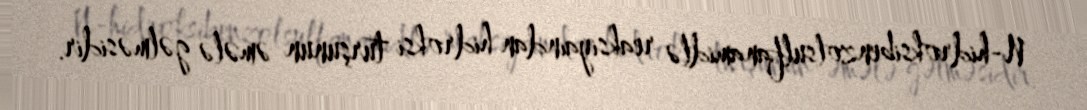
N-hidroksibenzolsulfanamidlə reaksiyaından hidroksi turşunun əmələ gəlməsidir.